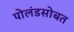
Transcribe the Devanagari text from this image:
पोलंडसोबत